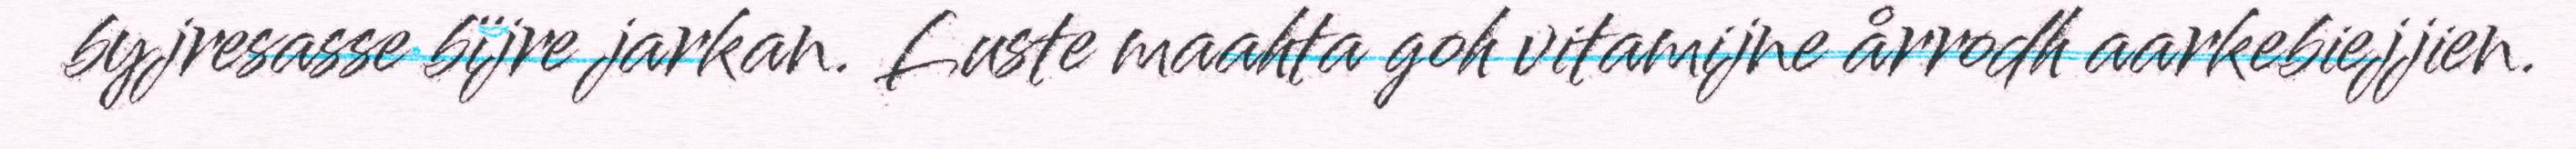
byjresasse bïjre jarkan. Luste maahta goh vitamijne årrodh aarkebiejjien.